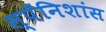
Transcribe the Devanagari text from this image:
स्पॅनिशांस